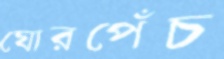
ঘোরপেঁচ